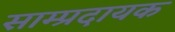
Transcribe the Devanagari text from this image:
साम्प्रदायक